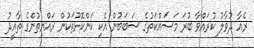
ރެއާ ދުވާލު ކުރައްވާ ބުރަ މަސައްކަތުގެ ސަބަބުން އެކި ކަންކޮޅުތަކުން ރައްޔިތުންގެ ތާއީދު